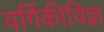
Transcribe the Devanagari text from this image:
वर्गिकीविज्ञ